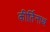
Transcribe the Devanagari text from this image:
कीर्तिनाथ